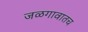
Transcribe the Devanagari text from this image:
जळगावातच